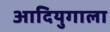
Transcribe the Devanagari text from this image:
आदियुगाला